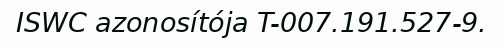
ISWC azonosítója T-007.191.527-9.